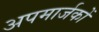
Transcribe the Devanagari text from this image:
अपमार्जकों